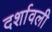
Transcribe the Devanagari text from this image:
दर्शावली